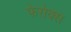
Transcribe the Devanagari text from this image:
फेरोक्स